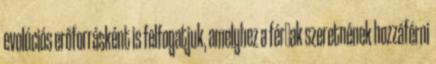
evolúciós erőforrásként is felfogatjuk, amelyhez a férﬁak szeretnének hozzáférni